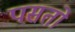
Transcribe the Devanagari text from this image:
पस़तो